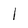
Character: l